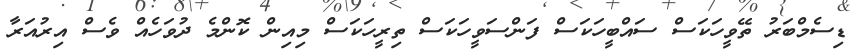
ޑިސެމްބަރު ތޭވީހަކަސް ސައްބީހަކަސް ފަންސަވީހަކަސް ތިރީހަކަސް މިއިން ކޮންމެ ދުވަހެއް ވެސް އިރުއަރާ